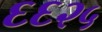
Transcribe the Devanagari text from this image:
६६२५